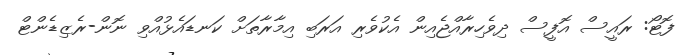
ފޮޓޯ: ރައީސް އޮފީސް ދިވެހިރާއްޖެއިން އެކުވެރި އަރަބި އިމާރާތަށް ކަނޑައެޅުއްވި ނޮން-ރެޒިޑެންޓް